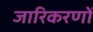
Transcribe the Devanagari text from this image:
जारिकरणों